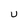
Character: u